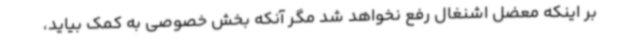
بر اینکه معضل اشنغال رفع نخواهد شد مگر آنکه بخش خصوصی به کمک بیاید،